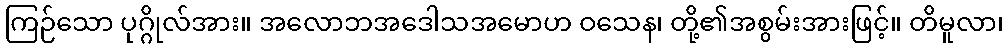
ကြဉ်သော ပုဂ္ဂိုလ်အား။ အလောဘအဒေါသအမောဟ ဝသေန၊ တို့၏အစွမ်းအားဖြင့်။ တိမူလာ၊